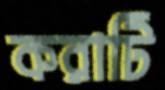
করাটি